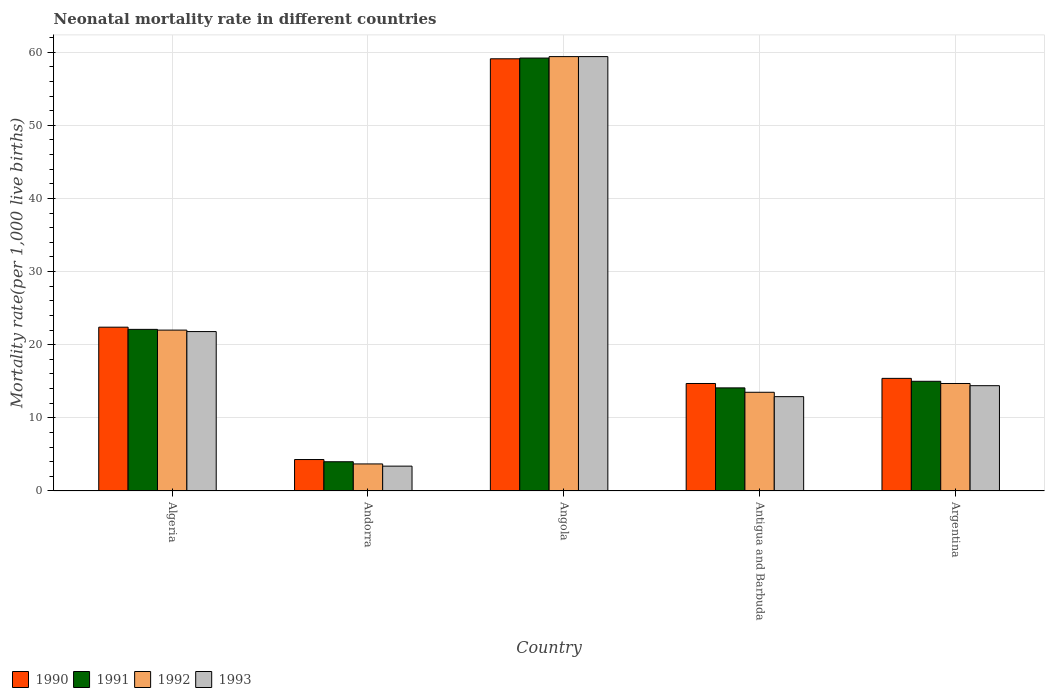
| Country | 1990 | 1991 | 1992 | 1993 |
 | --- | --- | --- | --- | --- |
 | Algeria | 22.4 | 22.1 | 22 | 21.8 |
 | Andorra | 4.3 | 4 | 3.7 | 3.4 |
 | Angola | 59.1 | 59.2 | 59.4 | 59.4 |
 | Antigua and Barbuda | 14.7 | 14.1 | 13.5 | 12.9 |
 | Argentina | 15.4 | 15 | 14.7 | 14.4 |